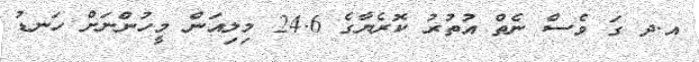
އ.ދ ގަ ވެސް ނެތް އުތުރު ކޮރެޔާގެ 24.6 މިލިއަން މީހުންނަށް ހަނޑު